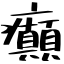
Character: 癲